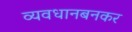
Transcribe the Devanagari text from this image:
व्यवधानबनकर